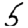
Digit: 5